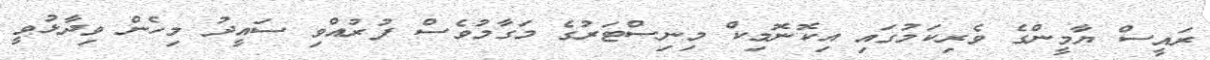
ރައީސް ޔާމީންގެ ވެރިކަމުގައި އިކޮނޮމިކް މިނިސްޓަރުގެ މަގާމުވެސް ފުރުއްވި ސައީދު މިހެން ވިދާޅުވީ